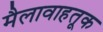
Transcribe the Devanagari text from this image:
मैलावाहतूक